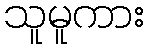
သူမူကား